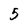
Character: 5